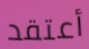
أعتقد